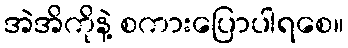
အဲအိကိုနဲ့ စကားပြောပါရစေ။